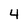
Character: 4